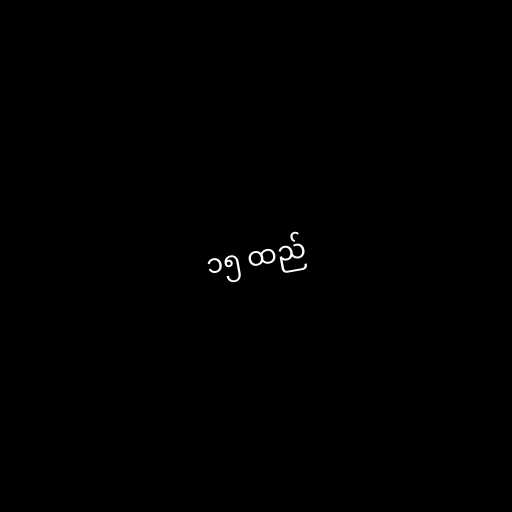
၁၅ ထည်